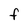
Character: F